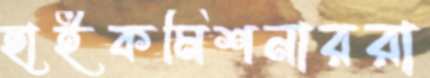
হাইকমিশনাররা